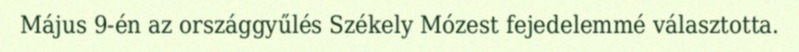
Május 9-én az országgyűlés Székely Mózest fejedelemmé választotta.